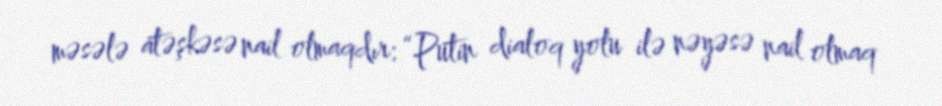
məsələ atəşkəsə nail olmaqdır: “Putin dialoq yolu ilə nəyəsə nail olmaq